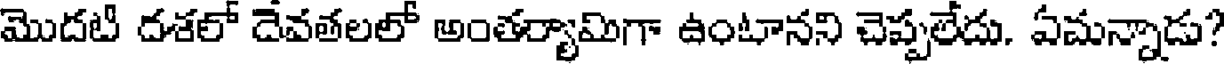
మొదటి దశలో దేవతలలో అంతర్యామిగా ఉంటానని చెప్పలేదు. ఏమన్నాడు?